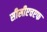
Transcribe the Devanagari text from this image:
सीसीएचएफ